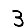
Digit: 3